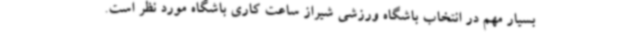
بسیار مهم در انتخاب باشگاه ورزشی شیراز ساعت کاری باشگاه مورد نظر است.